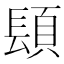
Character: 𨲙